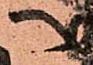
へ